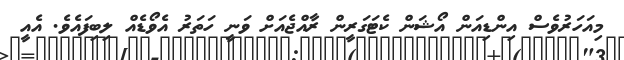
މިއަހަރުވެސް އިންޑިއަން އޯޝަން ކެޓަގަރީން ރާއްޖެއަށް ވަނީ ހަތަރު އެވޯޑެއް ލިބިފައެވެ. އެއީ